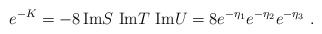
\begin{align*}e^{-K}= -8\, {\rm Im} S\ {\rm Im} T\ {\rm Im} U = 8e^{-\eta_1}e^{-\eta_2}e^{-\eta_3}\ .\end{align*}